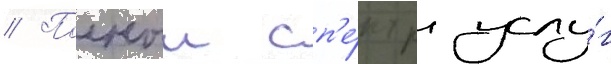
// Полныи сп'е́ктр услу́г